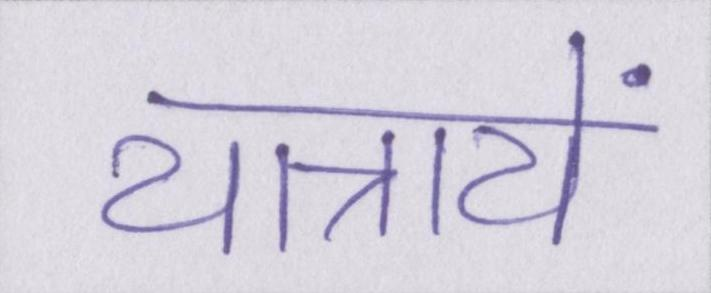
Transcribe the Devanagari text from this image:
यात्रायें